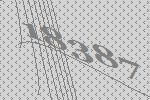
18387